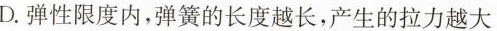
D.弹性限度内，弹簧的长度越长，产生的拉力越大